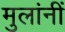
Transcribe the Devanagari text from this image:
मुलांनीं